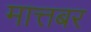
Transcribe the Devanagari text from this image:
मात्तबर